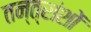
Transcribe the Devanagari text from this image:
तन्त्रांशों